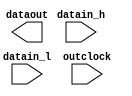
// megafunction wizard: %ALTDDIO_OUT%VBB%
// GENERATION: STANDARD
// VERSION: WM1.0
// MODULE: ALTDDIO_OUT 

// ============================================================
// Megafunction Name(s):
// 			ALTDDIO_OUT
//
// Simulation Library Files(s):
// 			altera_mf
// ============================================================
// ************************************************************
// THIS IS A WIZARD-GENERATED FILE. DO NOT EDIT THIS FILE!
//
// 18.1.0 Build 625 09/12/2018 SJ Lite Edition
// ************************************************************

//Copyright (C) 2018  Intel Corporation. All rights reserved.
//Your use of Intel Corporation's design tools, logic functions 
//and other software and tools, and its AMPP partner logic 
//functions, and any output files from any of the foregoing 
//(including device programming or simulation files), and any 
//associated documentation or information are expressly subject 
//to the terms and conditions of the Intel Program License 
//Subscription Agreement, the Intel Quartus Prime License Agreement,
//the Intel FPGA IP License Agreement, or other applicable license
//agreement, including, without limitation, that your use is for
//the sole purpose of programming logic devices manufactured by
//Intel and sold by Intel or its authorized distributors.  Please
//refer to the applicable agreement for further details.

module my_ddio_out (
	datain_h,
	datain_l,
	outclock,
	dataout);

	input	[7:0]  datain_h;
	input	[7:0]  datain_l;
	input	  outclock;
	output	[7:0]  dataout;

endmodule

// ============================================================
// CNX file retrieval info
// ============================================================
// Retrieval info: LIBRARY: altera_mf altera_mf.altera_mf_components.all
// Retrieval info: PRIVATE: INTENDED_DEVICE_FAMILY STRING "Cyclone IV E"
// Retrieval info: CONSTANT: EXTEND_OE_DISABLE STRING "OFF"
// Retrieval info: CONSTANT: INTENDED_DEVICE_FAMILY STRING "Cyclone IV E"
// Retrieval info: CONSTANT: INVERT_OUTPUT STRING "OFF"
// Retrieval info: CONSTANT: LPM_HINT STRING "UNUSED"
// Retrieval info: CONSTANT: LPM_TYPE STRING "altddio_out"
// Retrieval info: CONSTANT: OE_REG STRING "UNREGISTERED"
// Retrieval info: CONSTANT: POWER_UP_HIGH STRING "OFF"
// Retrieval info: CONSTANT: WIDTH NUMERIC "8"
// Retrieval info: USED_PORT: datain_h 0 0 8 0 INPUT NODEFVAL "datain_h[7..0]"
// Retrieval info: CONNECT: @datain_h 0 0 8 0 datain_h 0 0 8 0
// Retrieval info: USED_PORT: datain_l 0 0 8 0 INPUT NODEFVAL "datain_l[7..0]"
// Retrieval info: CONNECT: @datain_l 0 0 8 0 datain_l 0 0 8 0
// Retrieval info: USED_PORT: dataout 0 0 8 0 OUTPUT NODEFVAL "dataout[7..0]"
// Retrieval info: CONNECT: dataout 0 0 8 0 @dataout 0 0 8 0
// Retrieval info: USED_PORT: outclock 0 0 0 0 INPUT_CLK_EXT NODEFVAL "outclock"
// Retrieval info: CONNECT: @outclock 0 0 0 0 outclock 0 0 0 0
// Retrieval info: GEN_FILE: TYPE_NORMAL my_ddio_out.v TRUE FALSE
// Retrieval info: GEN_FILE: TYPE_NORMAL my_ddio_out.qip TRUE FALSE
// Retrieval info: GEN_FILE: TYPE_NORMAL my_ddio_out.bsf TRUE TRUE
// Retrieval info: GEN_FILE: TYPE_NORMAL my_ddio_out_inst.v TRUE TRUE
// Retrieval info: GEN_FILE: TYPE_NORMAL my_ddio_out_bb.v TRUE TRUE
// Retrieval info: GEN_FILE: TYPE_NORMAL my_ddio_out.inc TRUE TRUE
// Retrieval info: GEN_FILE: TYPE_NORMAL my_ddio_out.cmp TRUE TRUE
// Retrieval info: GEN_FILE: TYPE_NORMAL my_ddio_out.ppf TRUE FALSE
// Retrieval info: LIB_FILE: altera_mf